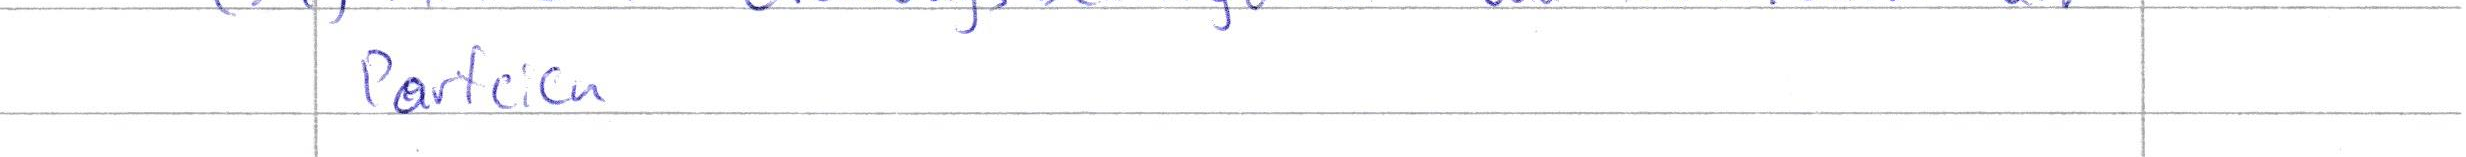
Parteien